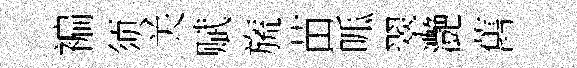
褊须关赋旒苗呱翠灔舊